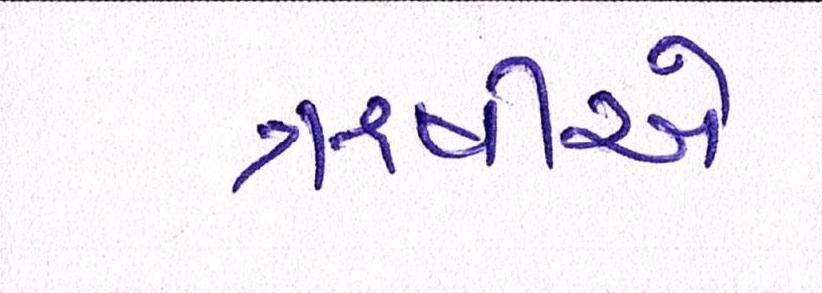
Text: ઋષીએ